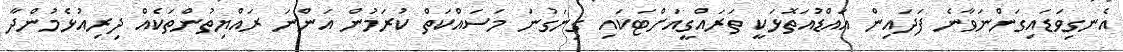
އެނގިވަޑައިގަންނަވާނެ ފަދައިން އައްޑުއަތޮޅަކީ ތަރައްގީއަށްޓަކައި ގިނަގުނަ މަސައްކަތް ކުރަމުން އަންނަ ރައްޔިތުންތަކެއް ދިރިއުޅެމުންދާ